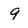
Character: 9